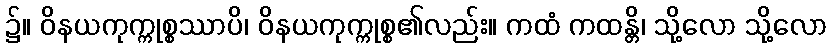
၌။ ဝိနယကုက္ကုစ္စဿာပိ၊ ဝိနယကုက္ကုစ္စ၏လည်း။ ကထံ ကထန္တိ၊ သို့လော သို့လော